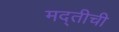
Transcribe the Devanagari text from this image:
मद्तीची